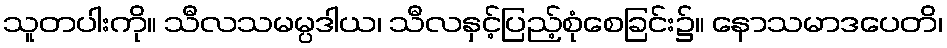
သူတပါးကို။ သီလသမမ္ပဒါယ၊ သီလနှင့်ပြည့်စုံစေခြင်း၌။ နောသမာဒပေတိ၊